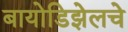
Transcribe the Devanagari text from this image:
बायोडिझेलचे